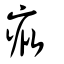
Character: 疪